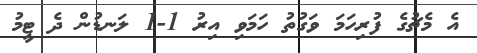
އެ މެޗުގެ ފުރިހަމަ ވަގުތު ހަމަވި އިރު 1-1 ލަނޑުން ދެ ޓީމު